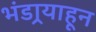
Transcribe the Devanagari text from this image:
भंडार्‍याहून